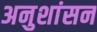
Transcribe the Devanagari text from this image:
अनुशांसन